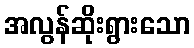
အလွန်ဆိုးရွားသော